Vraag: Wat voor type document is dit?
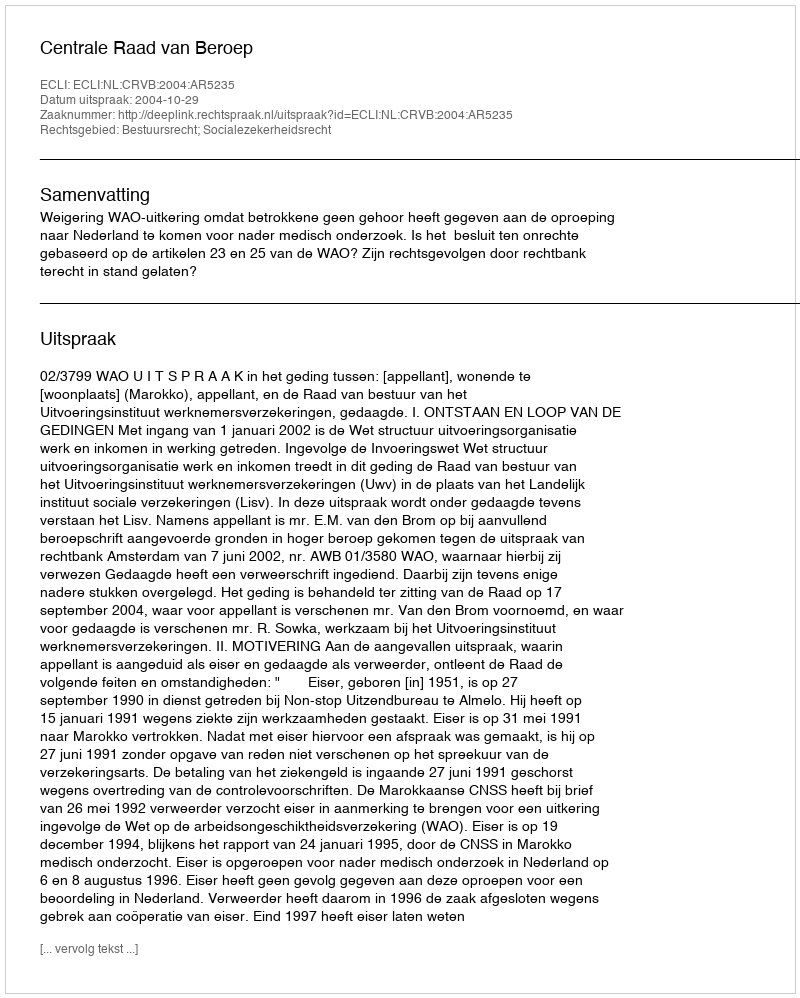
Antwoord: Uitspraak